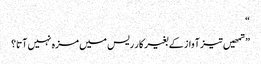
“
”تمھیں تیز آواز کے بغیر کار ریس میں مزہ نہیں آتا؟